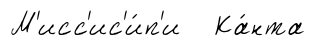
М'исс'ис'и́п'и Ка́нта